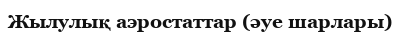
Жылулық аэростаттар (әуе шарлары)